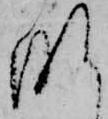
な